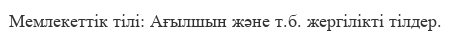
Мемлекеттік тілі: Ағылшын және т.б. жергілікті тілдер.